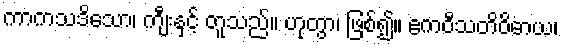
ကာကသဒိသော၊ ကျီးနှင့် တူသည်။ ဟုတွာ၊ ဖြစ်၍။ ဧကဝီသတိဝိဓာယ၊